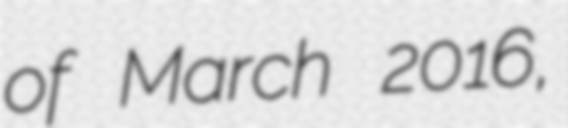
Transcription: of March 2016,